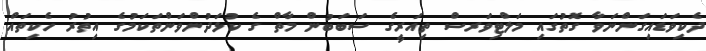
ދެކިވަޑައިގަންނަވާ ގޮތުގައި މަލްޓިވަރސް ތިއަރީގެ ސަބަބުން މާތް ގެ ކުޅަދުންވަންތަކަމުގެ އިތުރު ހެކިތައް